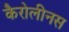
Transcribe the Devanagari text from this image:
कैरोलीनस